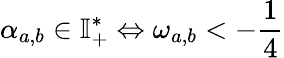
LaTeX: \alpha_{a,b}\in\mathbb{I}_{+}^{*}\Leftrightarrow\omega_{a,b}<-\frac{1}{4}